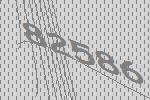
82586